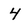
Character: 4